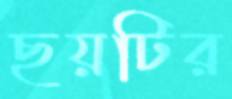
ছয়টির